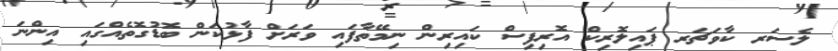
ލެސަރ ކާވަޗަރ ޕައިލޮރިކް އޮރިފިސް ކައިރިން ނިމޭތާފައި ވަރަށް ފާޅުކަން ބޮޑުގޮތެއްގައި އިންނަ